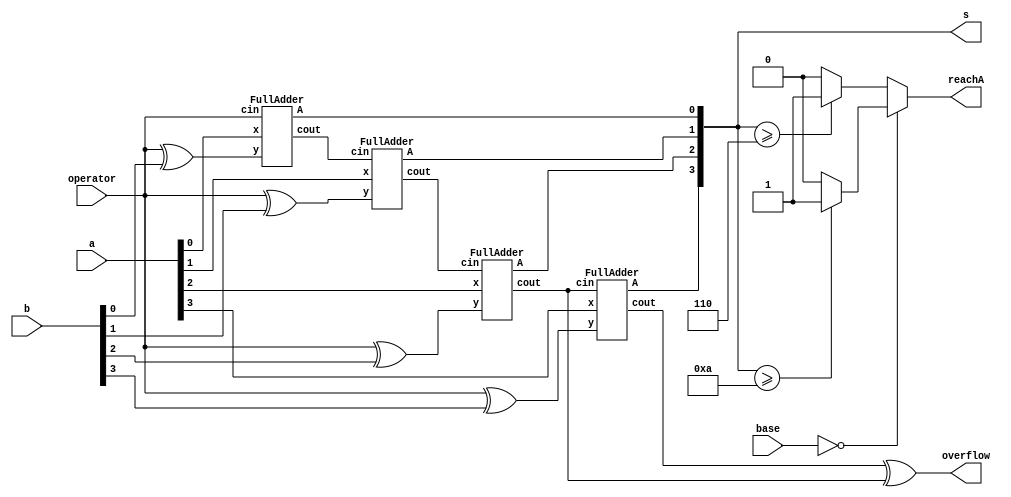
`define TENBASE 3'b000
`define SIXTYBASE 3'b001 
`define TWENTYBASE 3'b010
`define ADD 1'b0
`define MINUS 1'b1

module ALU4bit(
input [3:0] a,
input [3:0] b,
input operator,
input [2:0] base,
output [3:0] s,
output overflow,
output reg reachA
);
wire [4:0] C;
FullAdder FA0(.x(a[0]), .y(operator ^ b[0]),.cin( operator), .A(s[0]) ,.cout(C[1]));
FullAdder FA1(.x(a[1]), .y(operator ^ b[1]),.cin(     C[1]), .A(s[1]) ,.cout(C[2]));
FullAdder FA2(.x(a[2]), .y(operator ^ b[2]),.cin(     C[2]), .A(s[2]) ,.cout(C[3]));
FullAdder FA3(.x(a[3]), .y(operator ^ b[3]),.cin(     C[3]), .A(s[3]) ,.cout(C[4]));
assign overflow = C[4] ^ C[3];
initial begin
    reachA = 1'b0;
end
always @(*) begin
    case (base[2:0])
        `TENBASE:begin
            if (s[3:0]>=4'b1010) begin//meet 10 then upgrade
                reachA = 1'b1;
            end else begin
                reachA = 1'b0;
            end
        end
        `SIXTYBASE:begin
            if (s[3:0]>=4'b0110) begin//meet 6 then upgrade
                reachA = 1'b1;
            end else begin
                reachA = 1'b0;
            end
        end
        default: begin
            if (s[3:0]>=4'b0110) begin//meet 6 then upgrade
                reachA = 1'b1;
            end else begin
                reachA = 1'b0;
            end 
        end
    endcase
end
endmodule

module FullAdder (
input wire x,
input wire y,
input wire cin,
output wire A,
output wire cout
);

wire p,r,s;
assign p = x ^ y;
assign r = cin & p;
assign s = x & y;
assign cout = r | s;
assign A = cin ^ p;
endmodule